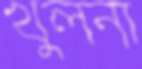
খুলনা